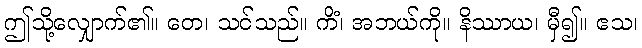
ဤသို့လျှောက်၏။ တေ၊ သင်သည်။ ကိံ၊ အဘယ်ကို။ နိဿာယ၊ မှီ၍။ ဧသ၊